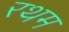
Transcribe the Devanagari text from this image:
रथम